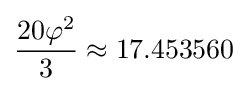
{\frac {20\varphi ^{2}}{3}}\approx 17.453560